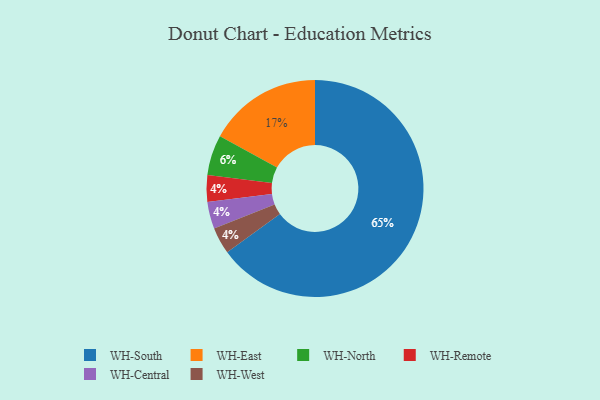
{"axis": {"x": "Category", "y": "Percentage"}, "legend": ["WH-Central", "WH-East", "WH-North", "WH-Remote", "WH-South", "WH-West"], "data": [{"x": "WH-North", "y": 6, "type": "WH-North"}, {"x": "WH-South", "y": 65, "type": "WH-South"}, {"x": "WH-Remote", "y": 4, "type": "WH-Remote"}, {"x": "WH-East", "y": 17, "type": "WH-East"}, {"x": "WH-Central", "y": 4, "type": "WH-Central"}, {"x": "WH-West", "y": 4, "type": "WH-West"}]}